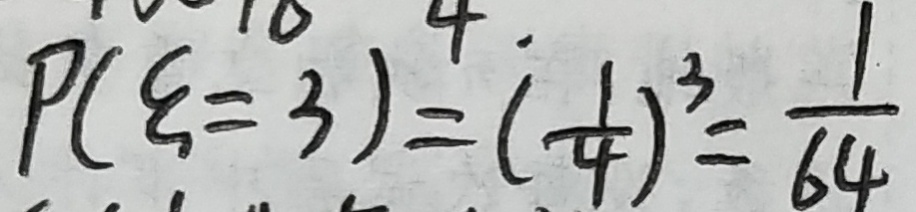
P ( \varepsilon = 3 ) = ( \frac { 1 } { 4 } ) ^ { 3 } = \frac { 1 } { 6 4 }